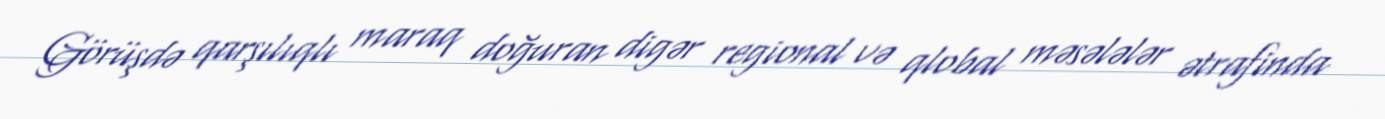
Görüşdə qarşılıqlı maraq doğuran digər regional və qlobal məsələlər ətrafinda